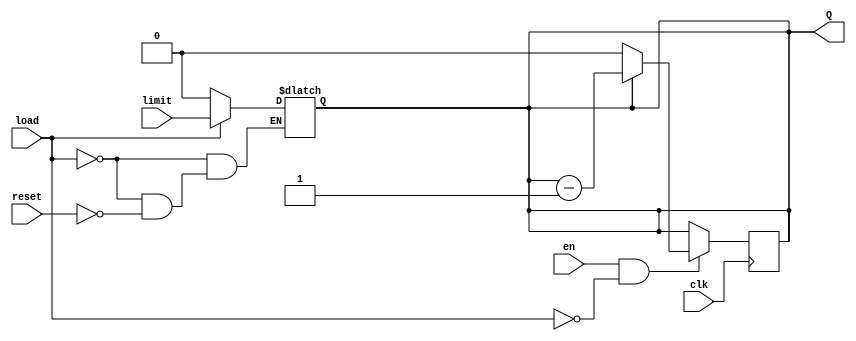
module downwardCounter #( parameter WIDTH = 1)
                    (
                        input clk,
                        input load,
                        input reset, // pass in 0
                        input en,
                        input [WIDTH-1 :0] limit,
                        output reg [WIDTH-1 :0] Q
                    );


    always @(*) begin
        // If load signal is high, load in counter start value
        if (load) Q = limit;
        else if (reset) Q = 0;
    end

    always @(posedge clk)begin
        // we only want load in limit (load) when the decoder is done
        // gating load with enable prevents counter from loading not ready
        // values from the register Q 

        // if (en & load) Q<= limit;
        if (en&& !load) begin
            if (Q!=0) Q <= Q-1;
        end
    end

endmodule